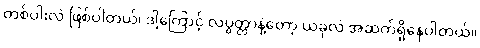
တစ်ပါးလဲ ဖြစ်ပါတယ်၊ ဒါ့ကြောင့် လပွတ္တာနဲ့တော့ ယခုလဲ အဆက်ရှိနေပါတယ်။